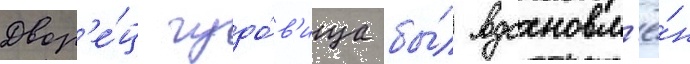
Двор'е́ц чудо́в'ища бы́л вдохновл'ё́н